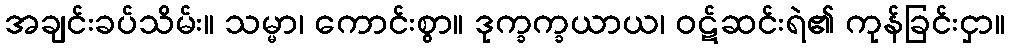
အချင်းခပ်သိမ်း။ သမ္မာ၊ ကောင်းစွာ။ ဒုက္ခက္ခယာယ၊ ဝဋ်ဆင်းရဲ၏ ကုန်ခြင်းငှာ။